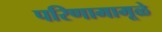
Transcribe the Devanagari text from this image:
परिणामामूळे